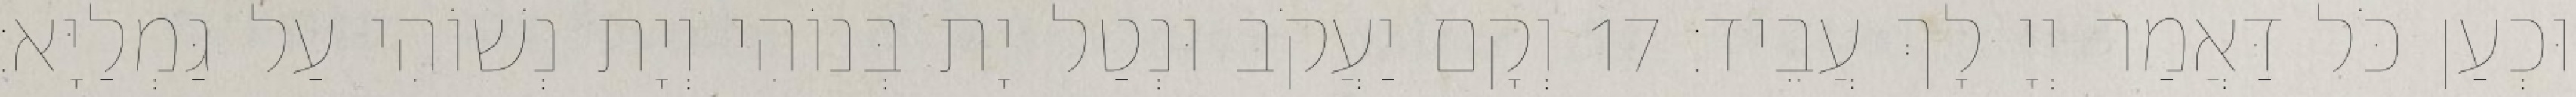
וּכְעַן כֹּל דַּאֲמַר יְיָ לָךְ עֲבֵיד׃ 17 וְקָם יַעֲקֹב וּנְטַל יָת בְּנוֹהִי וְיָת נְשׁוֹהִי עַל גַּמְלַיָּא׃